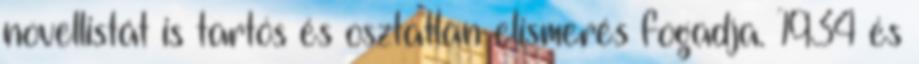
novellistát is tartós és osztatlan elismerés fogadja. 1934 és